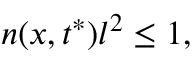
n ( x , t ^ { * } ) l ^ { 2 } \leq 1 ,